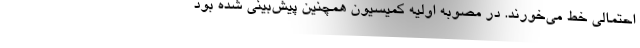
احتمالی خط می‌خورند. در مصوبه اولیه کمیسیون همچنین پیش‌بینی شده بود